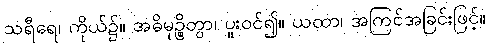
သရီရေ၊ ကိုယ်၌။ အဓိမုဉ္စိတွာ၊ ပူးဝင်၍။ ယထာ၊ အကြင်အခြင်းဖြင့်။